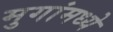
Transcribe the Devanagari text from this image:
मुगांमध्ये